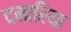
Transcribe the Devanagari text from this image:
दमारिया